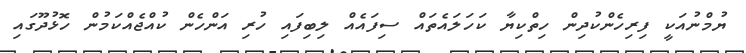
ޔުމްނުއަކީ ފިރިހެންކުދިން ހިތްކިޔާ ކަހަލައެތައް ސިފައެއް ލިބިފައި ހުރި އަންހެން ކުއްޖެއްކަމުން ހޮޅުދޫގައި